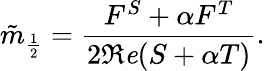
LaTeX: \tilde{m}_{\frac{1}{2}}=\frac{F^{S}+\alpha F^{T}}{2\Re\mathit{e}(S+\alpha T)}.